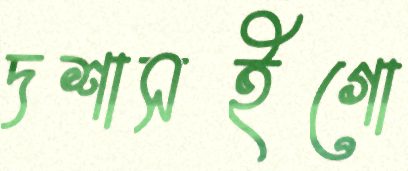
দশাসইগো